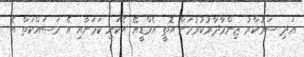
އަދި ސަރުކާރު ޒިންމާދާރުކުރުމަށް އޮތީ އެމްޑީއޭ އެކަނި ކަމަށާއި އެ މަސައްކަތް އެ